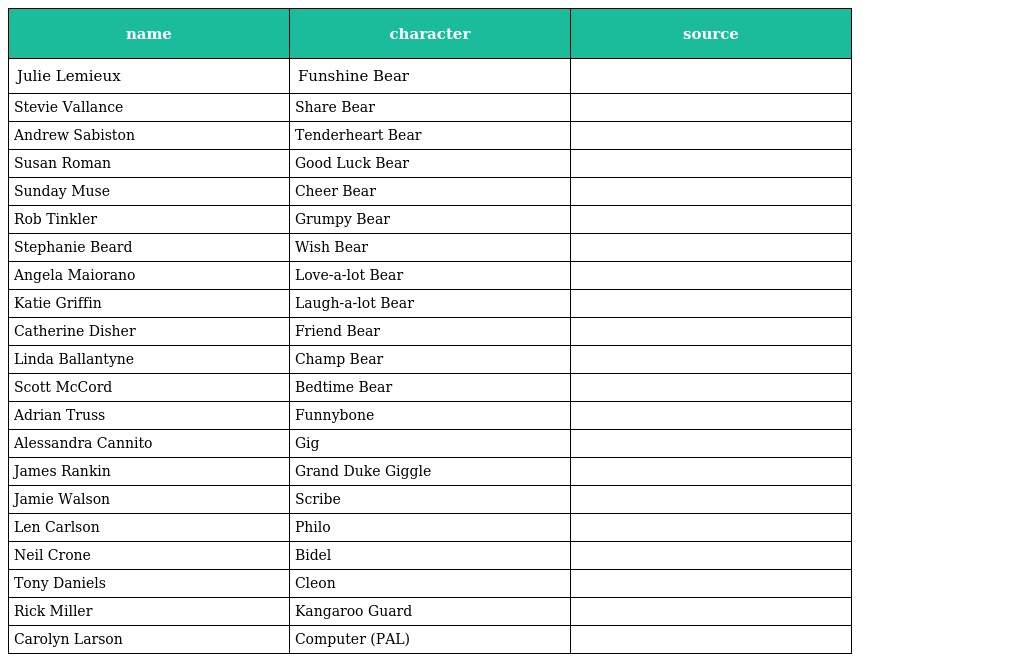
| name | character | source |
 | --- | --- | --- |
 | Julie Lemieux | Funshine Bear |  |
 | Stevie Vallance | Share Bear |  |
 | Andrew Sabiston | Tenderheart Bear |  |
 | Susan Roman | Good Luck Bear |  |
 | Sunday Muse | Cheer Bear |  |
 | Rob Tinkler | Grumpy Bear |  |
 | Stephanie Beard | Wish Bear |  |
 | Angela Maiorano | Love-a-lot Bear |  |
 | Katie Griffin | Laugh-a-lot Bear |  |
 | Catherine Disher | Friend Bear |  |
 | Linda Ballantyne | Champ Bear |  |
 | Scott McCord | Bedtime Bear |  |
 | Adrian Truss | Funnybone |  |
 | Alessandra Cannito | Gig |  |
 | James Rankin | Grand Duke Giggle |  |
 | Jamie Walson | Scribe |  |
 | Len Carlson | Philo |  |
 | Neil Crone | Bidel |  |
 | Tony Daniels | Cleon |  |
 | Rick Miller | Kangaroo Guard |  |
 | Carolyn Larson | Computer (PAL) |  |